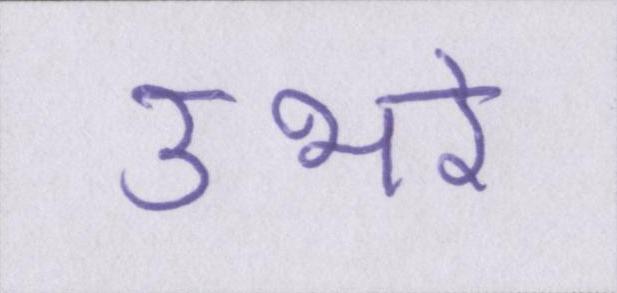
उभरे